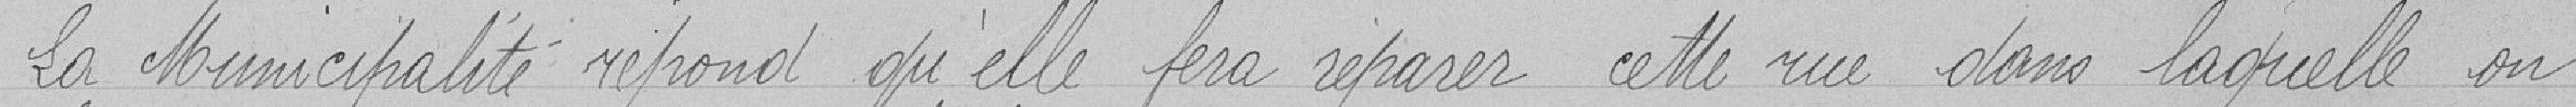
La municipalité répond qu'elle fera réparer cette rue dans laquelle on